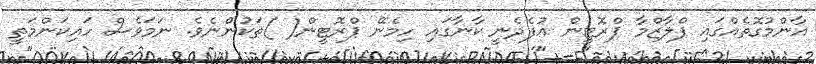
އާންމުގޮތެއްގައި ޕްލާޒްމާ ޕްރޮޓީން އުފެދެނީ ކާނާގައި ހިމެނޭ ޕްރޮޓީން( )ތަކުންނެވެ. ނަމަވެސް ހައިކަންމަތީ